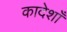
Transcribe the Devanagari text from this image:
कादेशाँ